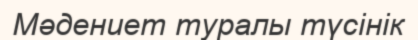
Мәдениет туралы түсінік